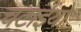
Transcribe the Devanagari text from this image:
चटाईयों